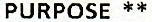
PURPOSE **